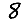
Digit: 8